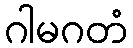
ဂါမဂတံ